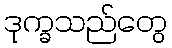
ဒုက္ခသည်တွေ